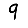
Digit: 9